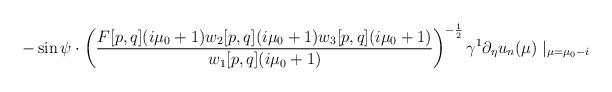
LaTeX: \begin{align*} -\sin\psi\cdot\left(\frac{F[p,q](i\mu_{0}+1)w_{2}[p,q](i\mu_{0}+1)w_{3}[p,q](i\mu_{0}+1)}{w_{1}[p,q](i\mu_{0}+1)}\right)^{-\frac{1}{2}}\gamma^{1}\partial_{\eta}u_{n}(\mu)\mid_{\mu=\mu_{0}-i}\end{align*}